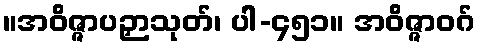
။အဝိဇ္ဇာပဉှာသုတ်၊ ပါ-၄၅၁။ အဝိဇ္ဇာဝဂ်